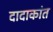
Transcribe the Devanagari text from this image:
दादाकांत